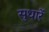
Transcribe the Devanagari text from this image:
सुधारें